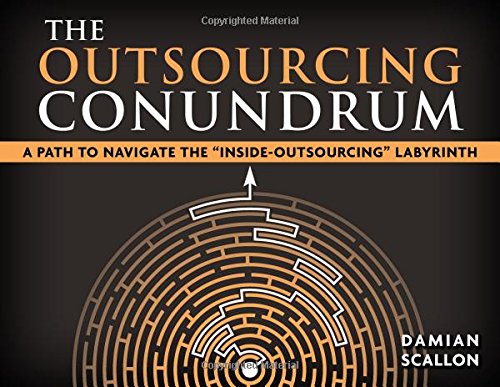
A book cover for The Outsourcing Conundrum: A Path to Navigate the Inside-Outsourcing Labyrinth; Damian Scallon; Business & Money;